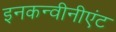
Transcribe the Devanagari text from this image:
इनकन्वीनीएंट